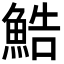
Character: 鯌